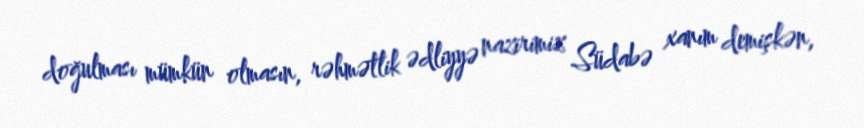
doğulması mümkün olmasın, rəhmətlik ədliyyə nazirimiz Südabə xanım demişkən,